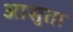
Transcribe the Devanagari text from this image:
आसुता